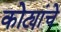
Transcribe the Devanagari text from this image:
कोट्यांचे